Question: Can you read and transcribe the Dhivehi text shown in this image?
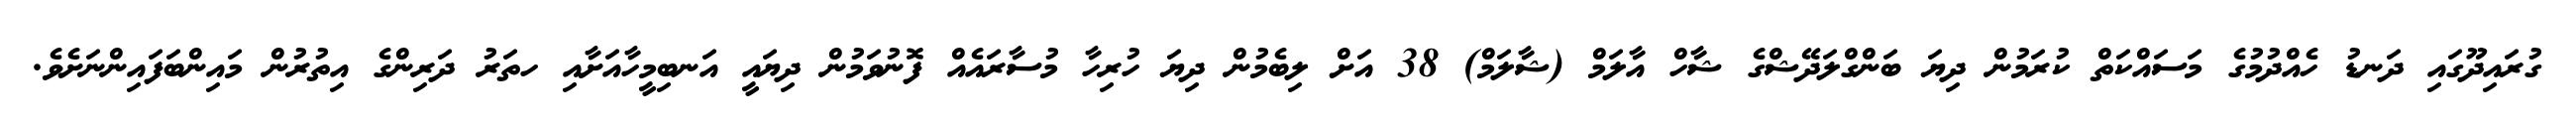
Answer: ގުރައިދޫގައި ދަނޑު ހެއްދުމުގެ މަސައްކަތް ކުރަމުން ދިޔަ ބަންގްލަދޭޝްގެ ޝާހް އާލަމް (ޝާލަމް) 38 އަށް ލިބެމުން ދިޔަ ހުރިހާ މުސާރައެއް ފޮނުވަމުން ދިޔައީ އަނބިމީހާއަށާއި ހތަރު ދަރިންގެ އިތުރުން މައިންބަފައިންނަށެވެ.